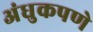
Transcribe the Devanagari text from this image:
अंधुकपणे